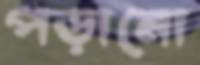
পড়ানো